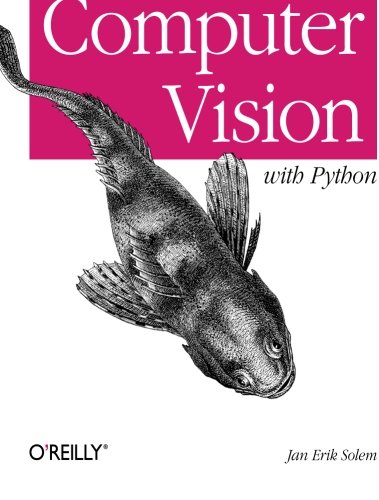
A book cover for Programming Computer Vision with Python: Tools and algorithms for analyzing images; Jan Erik Solem; Computers & Technology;